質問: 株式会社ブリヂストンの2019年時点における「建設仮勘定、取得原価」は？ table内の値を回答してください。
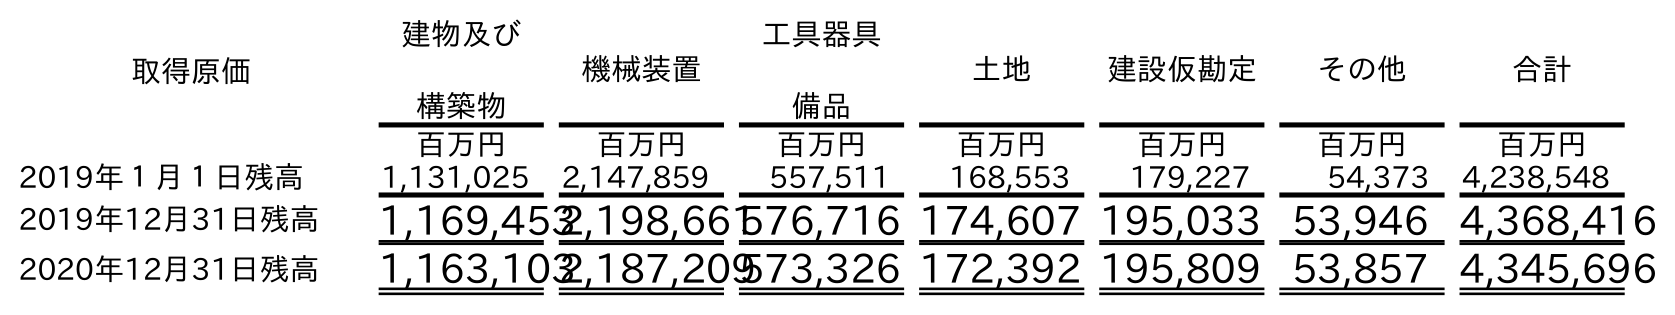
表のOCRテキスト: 取得原価 建物及び 構築物 機械装置 工具器具 備品 土地 建設仮勘定 その他 合計 百万円 百万円 百万円 百万円 百万円 百万円 百万円 2019年１月１日残高 1,131,025 2,147,859 557,511 168,553 179,227 54,373 4,238,548 2019年12月31日残高 1,169,4532,198,661576,716 174,607 195,033 53,946 4,368,416 2020年12月31日残高 1,163,1032,187,209573,326 172,392 195,809 53,857 4,345,696
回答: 195,033